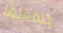
لنفعلها